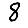
Digit: 8